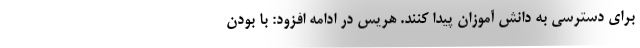
برای دسترسی به دانش آموزان پیدا کنند. هریس در ادامه افزود: با بودن